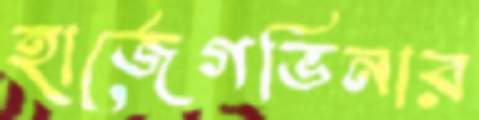
হার্জেগভিনার